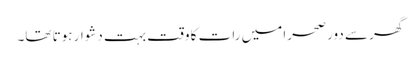
گھر سے دور صحرا میں رات کا وقت بہت دشوار ہوتا تھا۔